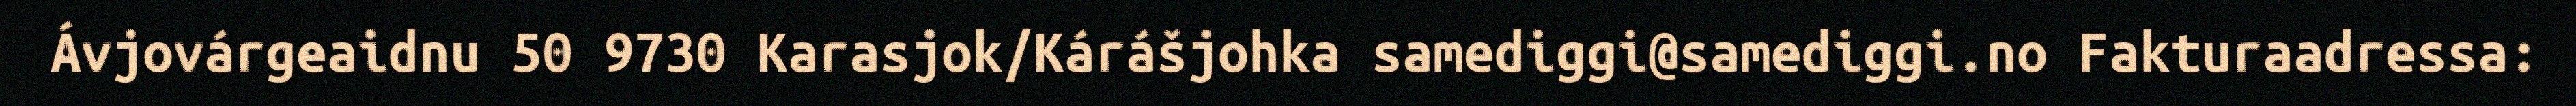
Ávjovárgeaidnu 50 9730 Karasjok/Kárášjohka samediggi@samediggi.no Fakturaadressa: